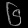
Digit: ၆